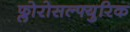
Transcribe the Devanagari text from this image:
फ्लोरोसल्फ्युरिक